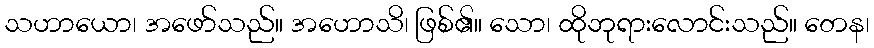
သဟာယော၊ အဖော်သည်။ အဟောသိ၊ ဖြစ်၏။ သော၊ ထိုဘုရားလောင်းသည်။ တေန၊